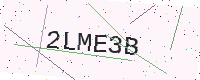
Text: 2LME3B